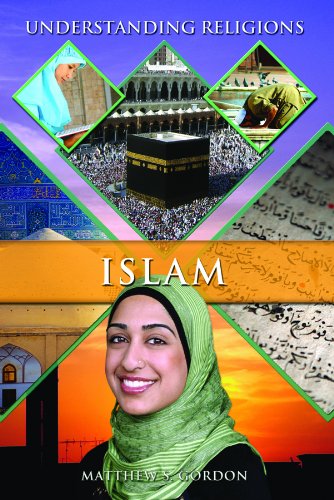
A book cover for Islam (Understanding Religions); Matthew S. Gordon; Teen & Young Adult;